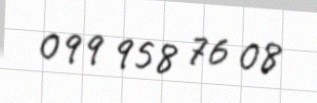
099 958 76 08